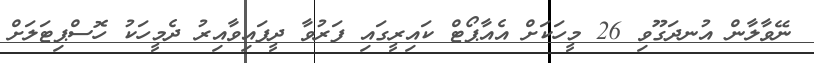
ނޭވާލާން އުނދަގޫވި 26 މީހަކަށް އެއާޕޯޓް ކައިރީގައި ފަރުވާ ދީފައިވާއިރު ދެމީހަކު ހޮސްޕިޓަލަށް